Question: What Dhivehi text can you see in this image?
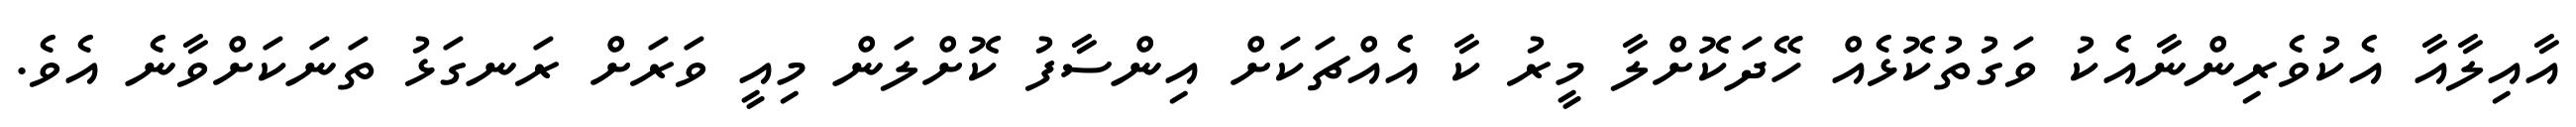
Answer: އާއިލާއާ އެކުވެރިންނާއެކު ވަގުތުކޮޅެއް ހޭދަކޮށްލާ މީރު ކާ އެއްޗަކަށް އިންސާފު ކޮށްލަން މިއީ ވަރަށް ރަނގަޅު ތަނަކަށްވާނެ އެވެ.